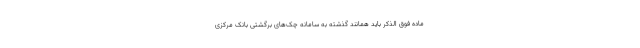
ماده فوق الذکر باید همانند گذشته به سامانه چک‌های برگشتی بانک مرکزی